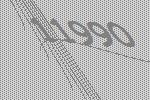
11990